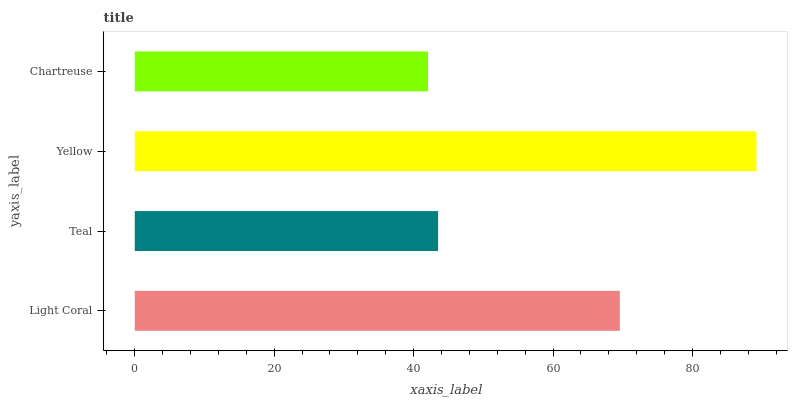
| yaxis_label | bars |
 | --- | --- |
 | Light Coral | 69.6 |
 | Teal | 43.5 |
 | Yellow | 89.2 |
 | Chartreuse | 42.1 |